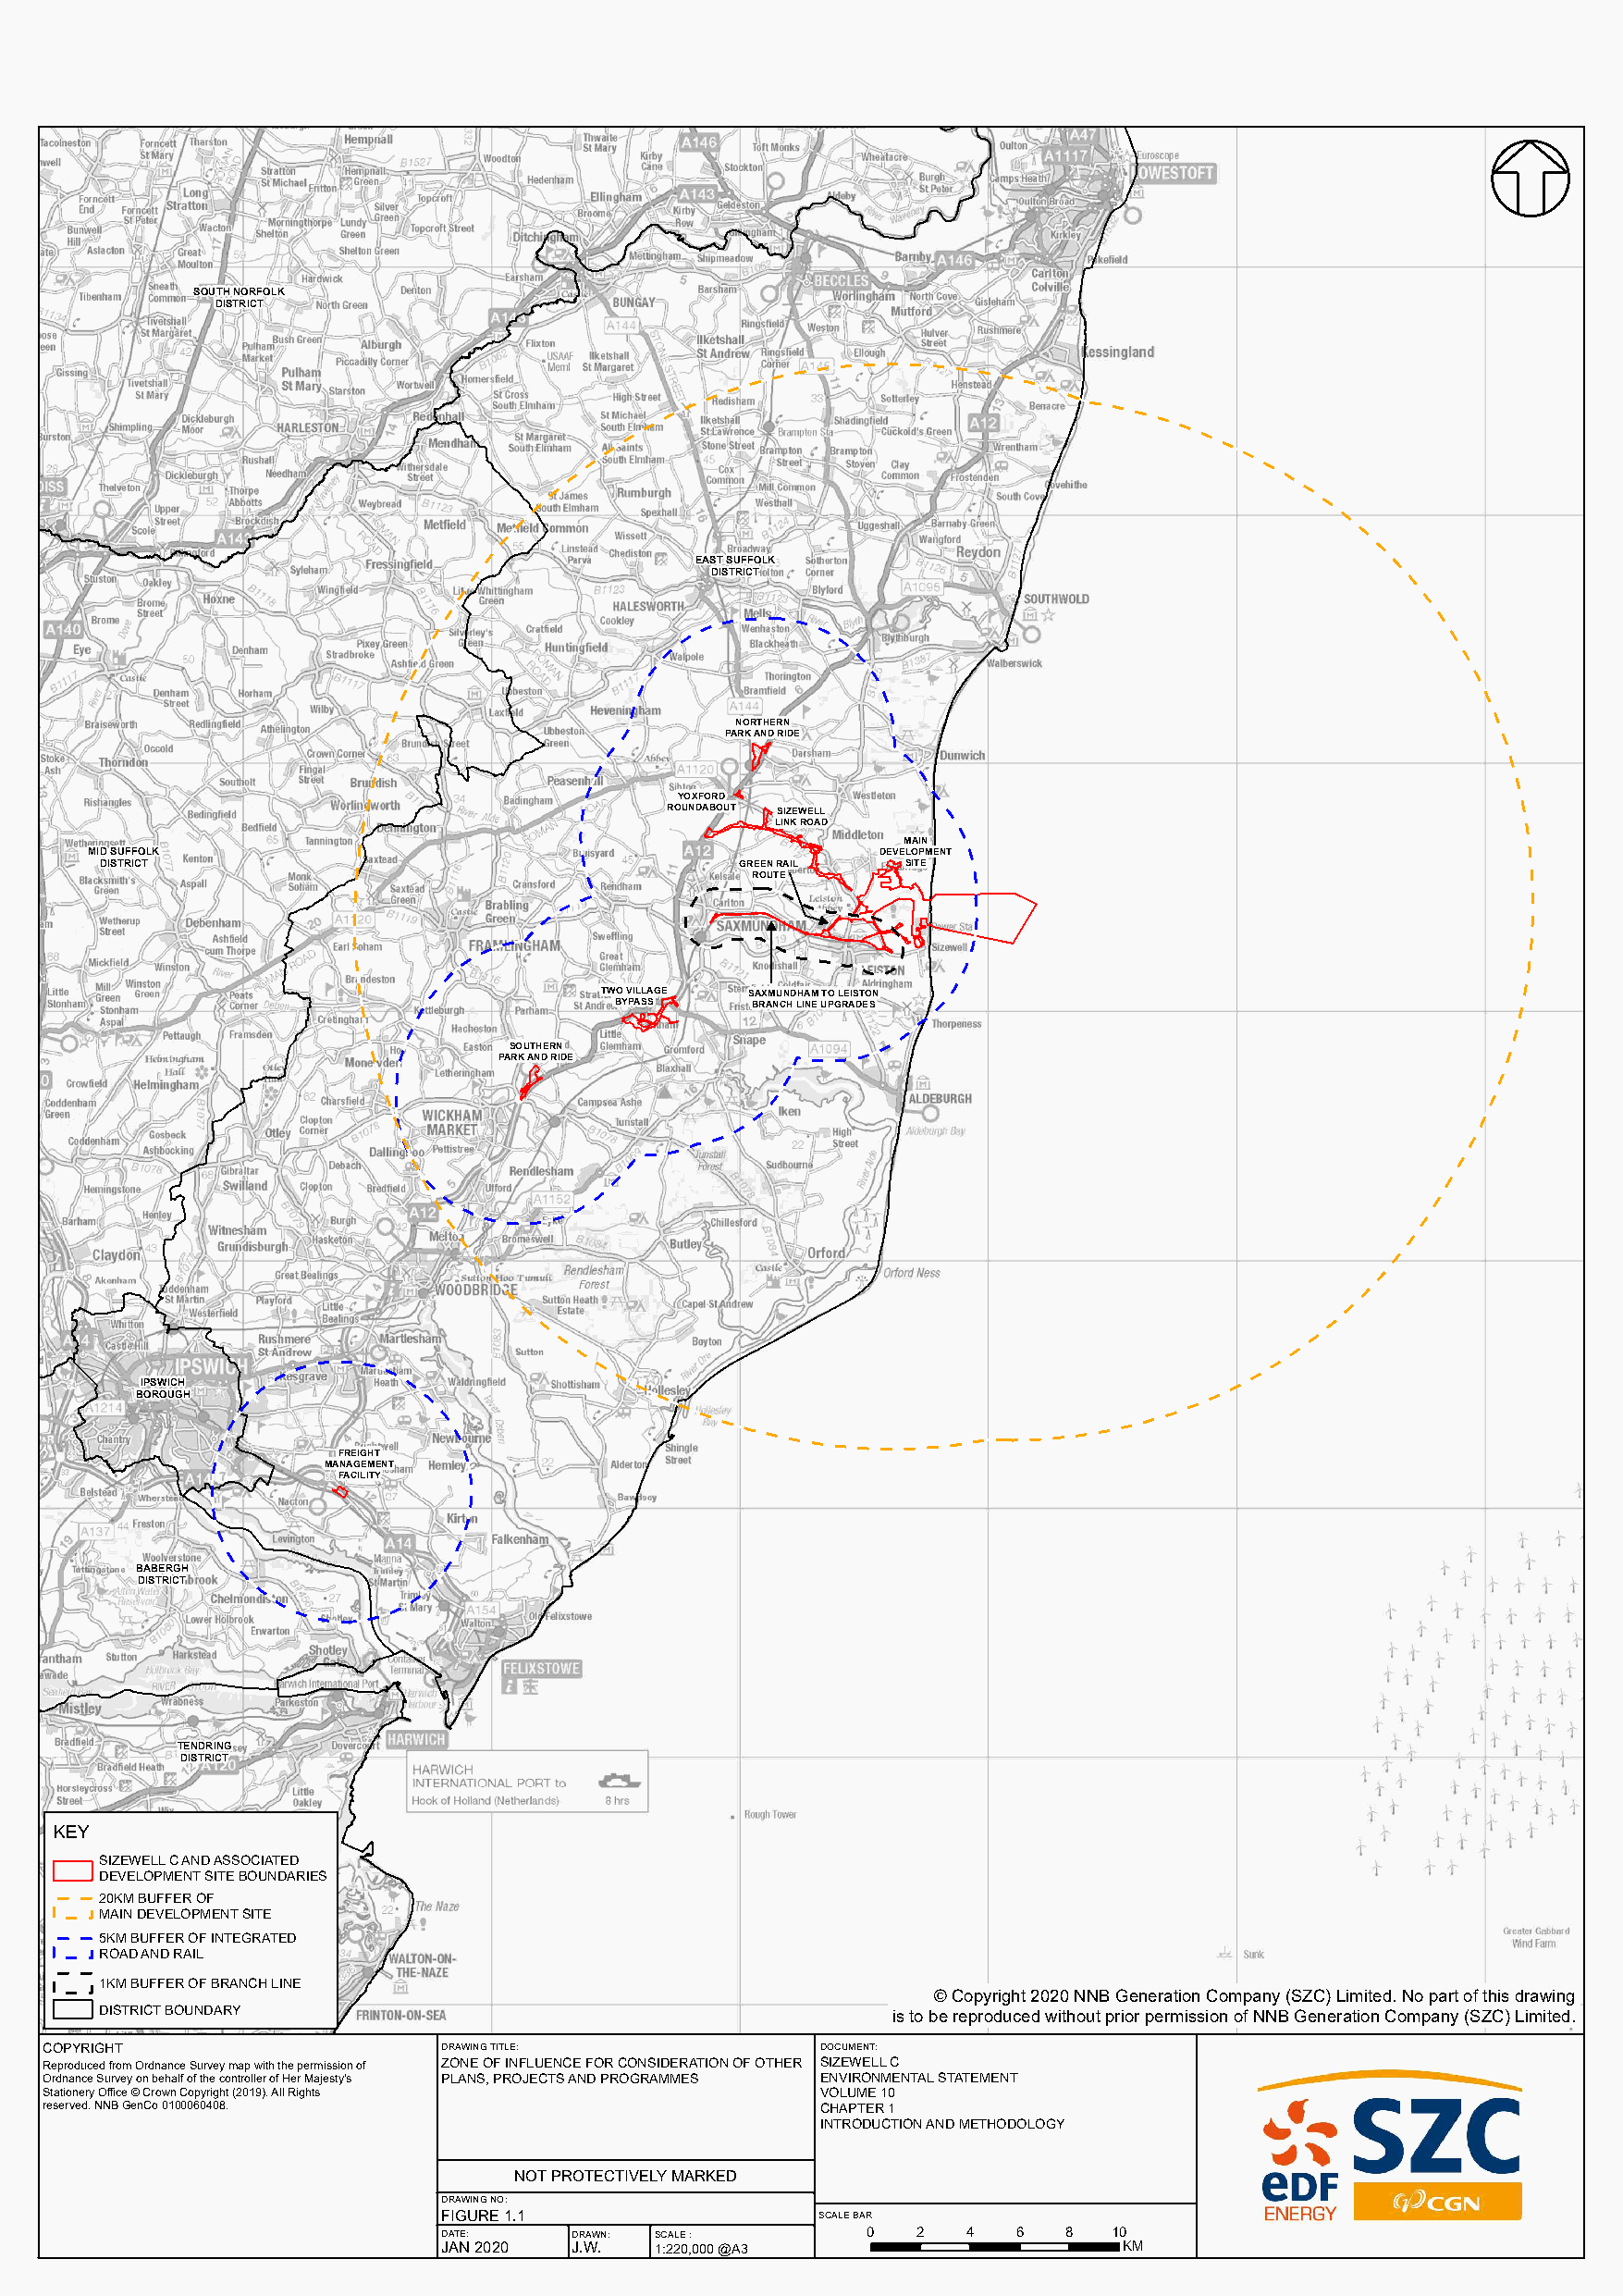
SOUTH NORFOLK
 DISTRICT
 EAST SUFFOLK
 DISTRICT
 NORTHERN
 PARK AND RIDE
 YOXFORD
 ROUNDABOUT SIZEWELL
 LINK ROAD
 MAIN
 MID SUFFOLK                                              DEVELOPMENT
 DISTRICT                                      GREEN RAIL  SITE
 ROUTE
 TWO VILLAGE SAXMUNDHAM TO LEISTON
 BYPASS    BRANCH LINE UPGRADES
 SOUTHERN
 PARK AND RIDE
 IPSWICH
 BOROUGH
 FREIGHT
 MANAGEMENT
 FACILITY
 BABERGH
 DISTRICT
 TENDRING
 DISTRICT
 KEY
 SIZEWELL C AND ASSOCIATED
 DEVELOPMENT SITE BOUNDARIES
 20KM BUFFER OF
 MAIN DEVELOPMENT SITE
 5KM BUFFER OF INTEGRATED
 ROAD AND RAIL
 1KM BUFFER OF BRANCH LINE
 © Copyright 2020 NNB Generation Company (SZC) Limited. No part of this drawing
 DISTRICT BOUNDARY                                        is to be reproduced without prior permission of NNB Generation Company (SZC) Limited.
 COPYRIGHT                    DRAWING TITLE:             DOCUMENT:
 Reproduced from Ordnance Survey map with the permission of ZONE OF INFLUENCE FOR CONSIDERATION OF OTHER SIZEWELL C
 Ordnance Survey on behalf of the controller of Her Majesty's PLANS, PROJECTS AND PROGRAMMES ENVIRONMENTAL STATEMENT
 Stationery Office © Crown Copyright (2019). All Rights  VOLUME 10
 reserved. NNB GenCo 0100060408.                         CHAPTER 1
 INTRODUCTION AND METHODOLOGY
 NOT PROTECTIVELY MARKED
 DRAWING NO:
 FIGURE 1.1                 SCALE BAR
 DATE:    DRAWN: SCALE :       0   2  4   6  8   10
 JAN 2020 J.W.  1:220,000 @A3                    KM